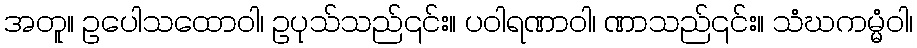
အတူ။ ဥပေါသထောဝါ၊ ဥပုသ်သည်၎င်း။ ပဝါရဏာဝါ၊ ဏာသည်၎င်း။ သံဃကမ္မံဝါ၊